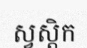
ស្វស្តិក